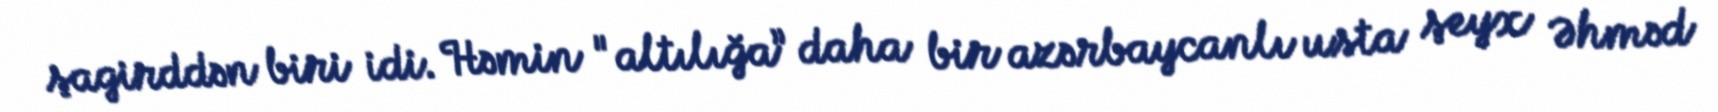
şagirddən biri idi. Həmin "altılığa” daha bir azərbaycanlı usta şeyx Əhməd